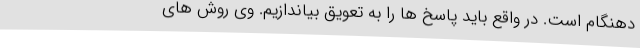
دهنگام است. در واقع باید پاسخ ها را به تعویق بیاندازیم. وی روش های